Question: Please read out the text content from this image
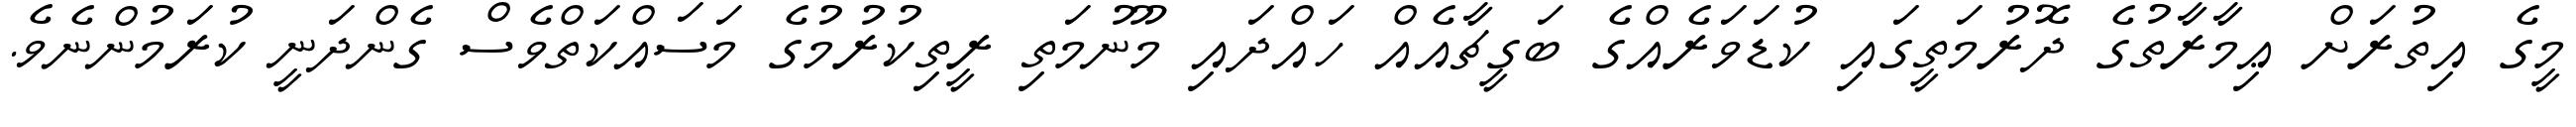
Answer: މީގެ އިތުރަށް ޢިމާރާތުގެ ދޮރުމަތީގައި ކުޑަވަރެއްގެ ބަގީޗާއެއް ހައްދައި މޫނުމަތި ރީތިކުރުމުގެ މަސައްކަތްވެސް ގެންދަނީ ކުރަމުންނެވެ.